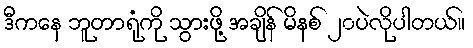
ဒီကနေ ဘူတာရုံကို သွားဖို့ အချိန် မိနစ် ၂၀ပဲလိုပါတယ်။